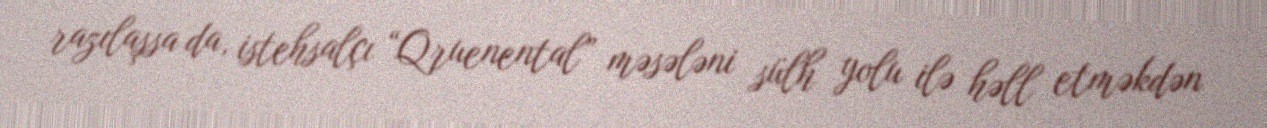
razılaşsa da, istehsalçı “Qruenental” məsələni sülh yolu ilə həll etməkdən